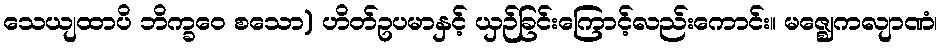
သေယျထာပိ ဘိက္ခဝေ စသော) ဟိတ်ဥပမာနှင့် ယှဉ်ခြင်းကြောင့်လည်းကောင်း။ မဇ္ဈေကလျာဏံ၊